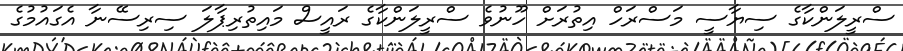
ސްރީލަންކާގެ ސިޔާސީ މަސްރަހް އިތުރަށް ހޫނުވެ ސްރީލަންކާގެ ރައީސް މައިތުރިޕާލަ ސިރިސޭނާ އެގައުމުގެ